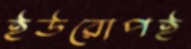
ইউরোপই